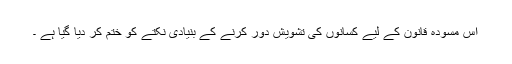
اس مسودہ قانون کے لیے کسانوں کی تشویش دور کرنے کے بنیادی نکتے کو ختم کر دیا گیا ہے ۔